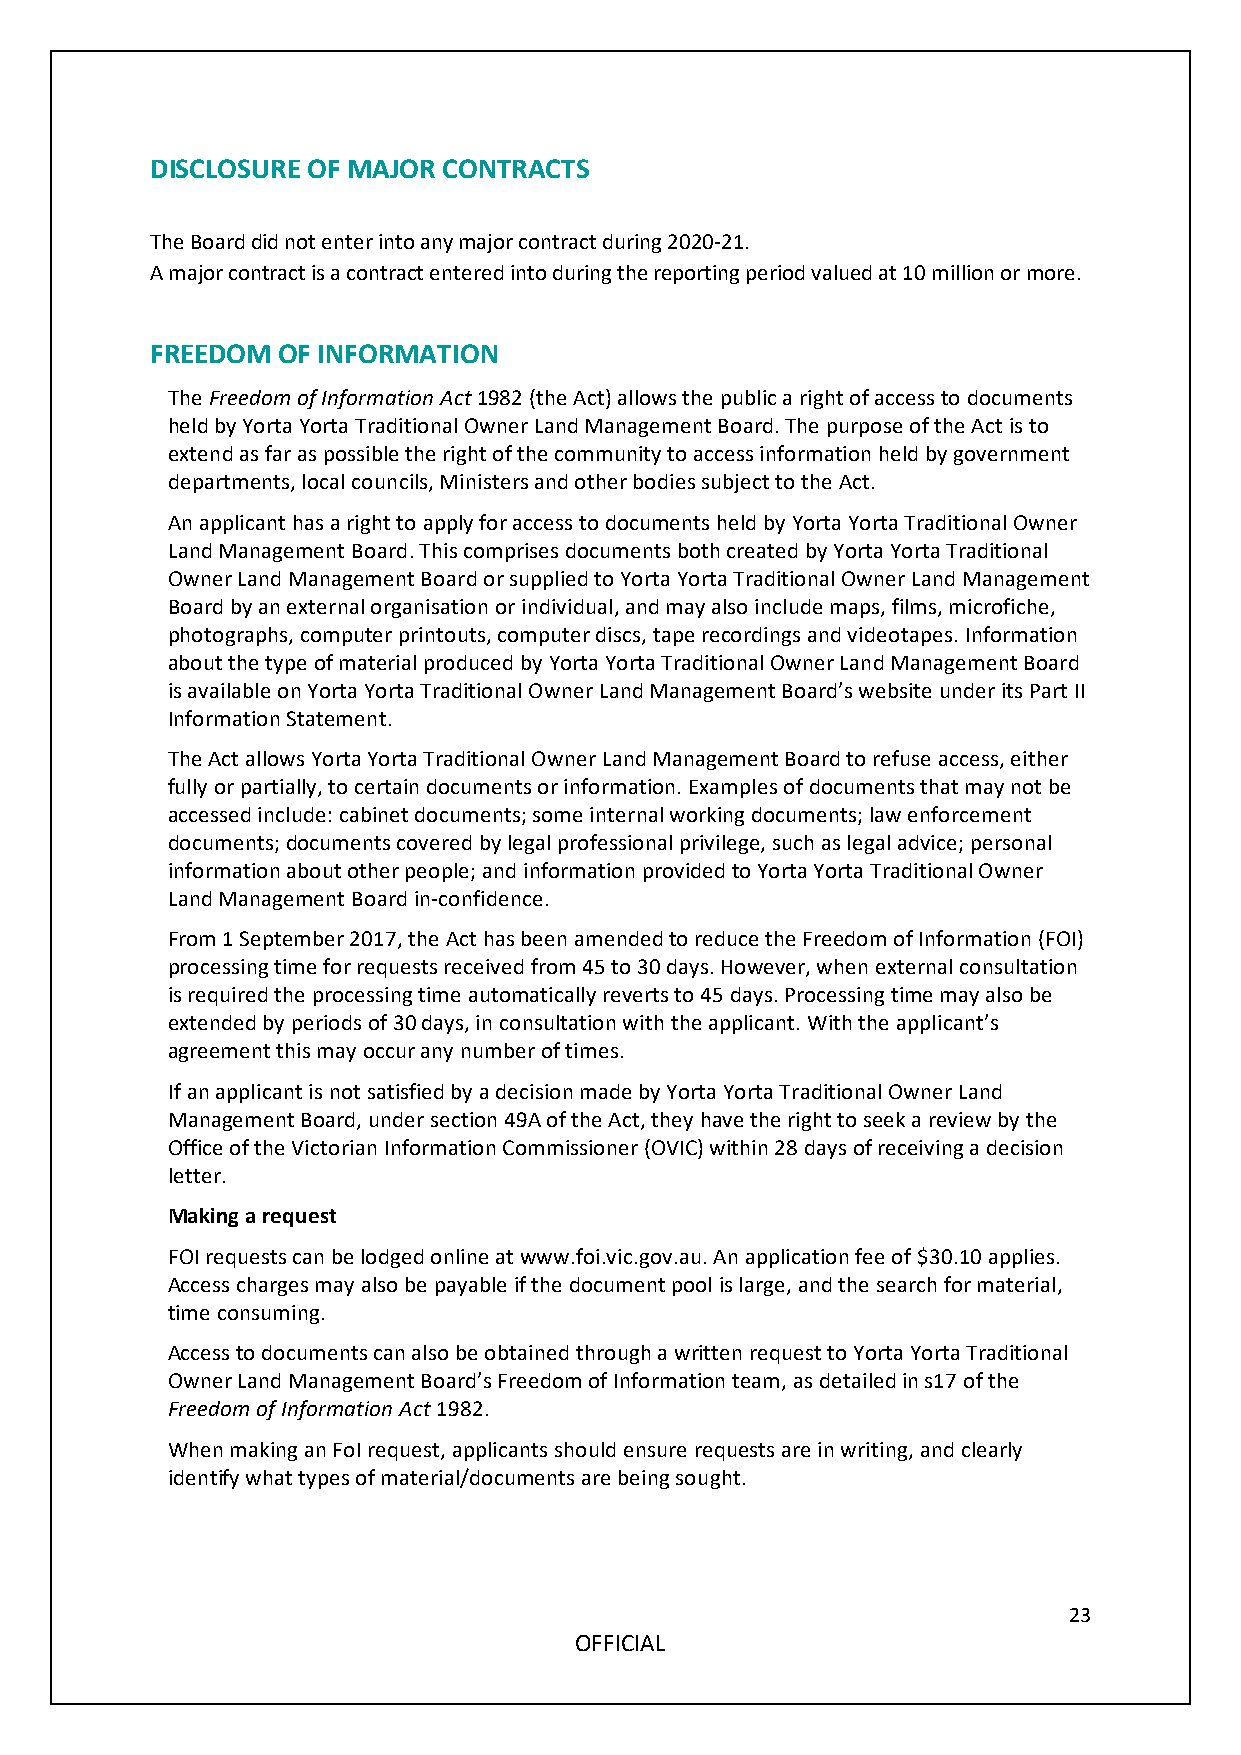
DISCLOSURE OF MAJOR CONTRACTS
 The Board did not enter into any major contract during 2020-21.
 A major contract is a contract entered into during the reporting period valued at 10 million or more.
 FREEDOM OF INFORMATION
 The Freedom of Information Act 1982 (the Act) allows the public a right of access to documents
 held by Yorta Yorta Traditional Owner Land Management Board. The purpose of the Act is to
 extend as far as possible the right of the community to access information held by government
 departments, local councils, Ministers and other bodies subject to the Act.
 An applicant has a right to apply for access to documents held by Yorta Yorta Traditional Owner
 Land Management Board. This comprises documents both created by Yorta Yorta Traditional
 Owner Land Management Board or supplied to Yorta Yorta Traditional Owner Land Management
 Board by an external organisation or individual, and may also include maps, films, microfiche,
 photographs, computer printouts, computer discs, tape recordings and videotapes. Information
 about the type of material produced by Yorta Yorta Traditional Owner Land Management Board
 is available on Yorta Yorta Traditional Owner Land Management Board’s website under its Part II
 Information Statement.
 The Act allows Yorta Yorta Traditional Owner Land Management Board to refuse access, either
 fully or partially, to certain documents or information. Examples of documents that may not be
 accessed include: cabinet documents; some internal working documents; law enforcement
 documents; documents covered by legal professional privilege, such as legal advice; personal
 information about other people; and information provided to Yorta Yorta Traditional Owner
 Land Management Board in-confidence.
 From 1 September 2017, the Act has been amended to reduce the Freedom of Information (FOI)
 processing time for requests received from 45 to 30 days. However, when external consultation
 is required the processing time automatically reverts to 45 days. Processing time may also be
 extended by periods of 30 days, in consultation with the applicant. With the applicant’s
 agreement this may occur any number of times.
 If an applicant is not satisfied by a decision made by Yorta Yorta Traditional Owner Land
 Management Board, under section 49A of the Act, they have the right to seek a review by the
 Office of the Victorian Information Commissioner (OVIC) within 28 days of receiving a decision
 letter.
 Making a request
 FOI requests can be lodged online at www.foi.vic.gov.au. An application fee of $30.10 applies.
 Access charges may also be payable if the document pool is large, and the search for material,
 time consuming.
 Access to documents can also be obtained through a written request to Yorta Yorta Traditional
 Owner Land Management Board’s Freedom of Information team, as detailed in s17 of the
 Freedom of Information Act 1982.
 When making an FoI request, applicants should ensure requests are in writing, and clearly
 identify what types of material/documents are being sought.
 23
 OFFICIAL